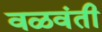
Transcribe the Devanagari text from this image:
वळवंती